Annual administration report of the Civil Veterinary Department of India - 1892-1893
Year: 1892
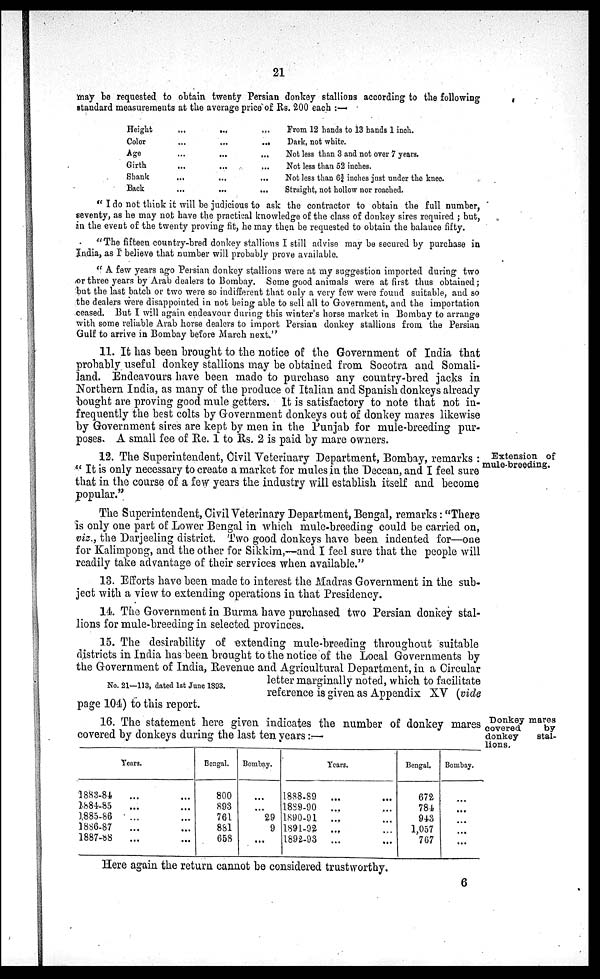
21
may be requested to obtain twenty Persian donkey stallions according to the following
standard measurements at the average price of Rs. 200 each:—
Height ... ... ...
Color ... ... ...
Age ... ... ...
Girth ... ... ...
Shank ... ... ...
Back ... ... ...
From 12 hands to 13 hands 1 inch.
Dark, not white.
Not less than 3 and not over 7 years.
Not less than 52 inches.
Not less than 63¾ inches just under the knee.
Straight, not hollow nor roached.
"I do not think it will be judicious to ask the contractor to obtain the full number,
seventy, as he may not have the practical knowledge of the class of donkey sires required; but,
in the event of the twenty proving fit, he may then be requested to obtain the balance fifty.
"The fifteen country-bred donkey stallions I still advise may be secured by purchase in
India, as I believe that number will probably prove available.
"A few years ago Persian donkey stallions were at my suggestion imported during two
or three years by Arab dealers to Bombay. Some good animals were at first thus obtained;
but the last batch or two were so indifferent that only a very few were found suitable, and so
the dealers were disappointed in not being able to sell all to Government, and the importation
ceased. But I will again endeavour during this winter's horse market in Bombay to arrange
with some reliable Arab horse dealers to import Persian donkey stallions from the Persian
Gulf to arrive in Bombay before March next."
11. It has been brought to the notice of the Government of India that
probably useful donkey stallions may be obtained from Socotra and Somali-
land. Endeavours have been made to purchase any country-bred jacks in
Northern India, as many of the produce of Italian and Spanish donkeys already
bought are proving good mule getters. It is satisfactory to note that not in-
frequently the best colts by Government donkeys out of donkey mares likewise
by Government sires are kept by men in the Punjab for mule-breeding pur-
poses. A small fee of Re. 1 to Rs. 2 is paid by mare owners.
Extension of
mule-breeding.
12. The Superintendent, Civil Veterinary Department, Bombay, remarks:
"It is only necessary to create a market for mules in the Deccan, and I feel sure
that in the course of a few years the industry will establish itself and become
popular."
The Superintendent, Civil Veterinary Department, Bengal, remarks: "There
is only one part of Lower Bengal in which mule-breeding could be carried on,
viz., the Darjeeling district. Two good donkeys have been indented for—one
for Kalimpong, and the other for Sikkim,—and I feel sure that the people will
readily take advantage of their services when available."
13. Efforts have been made to interest the Madras Government in the sub-
ject with a view to extending operations in that Presidency.
14. The Government in Burma have purchased two Persian donkey stal-
lions for mule-breeding in selected provinces.
No. 21—113, dated 1st June 1893.
15. The desirability of extending mule-breeding throughout suitable
districts in India has been brought to the notice of the Local Governments by
the Government of India, Revenue and Agricultural Department, in a Circular
letter marginally noted, which to facilitate
reference is given as Appendix XV (vide
page 104) to this report.
Donkey mares
covered
by
donkey
stal-
lions.
16. The statement here given indicates the number of donkey mares
covered by donkeys during the last ten years:—
Years.
1883-84 ... ...
1884-85 ... ...
1885-86 ... ...
1886-87 ... ...
1887-88 ... ...
Bengal.
800
893
761
881
658
Bombay.
...
...
29
9
...
Years.
1888-89 ... ...
1889-90 ... ...
1890-91 ... ...
1891-92 ... ...
1892-93 ... ...
Bengal.
672
784
943
1,057
767
Bombay.
...
...
...
...
...
Here again the return cannot be considered trustworthy.
6